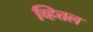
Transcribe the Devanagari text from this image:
व्हित्तल